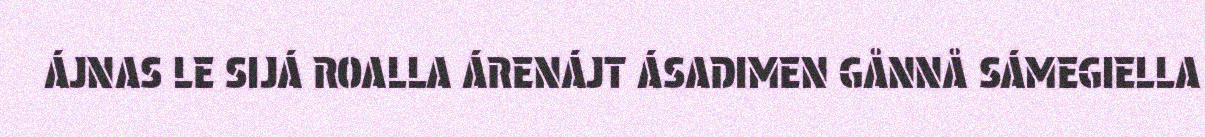
ÁJNAS LE SIJÁ ROALLA ÁRENÁJT ÁSADIMEN GÅNNÅ SÁMEGIELLA